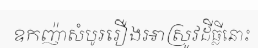
ឧកញ៉ាសំបូររឿងអាស្រូវដីធ្លីនោះ